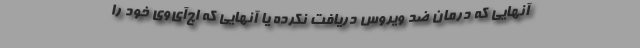
آنهایی که درمان ضد ویروس دریافت نکرده یا آنهایی که اچ‌آی‌وی خود را